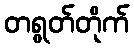
တရွတ်တိုက်